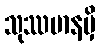
သုဿမာနမှိ